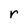
Character: r